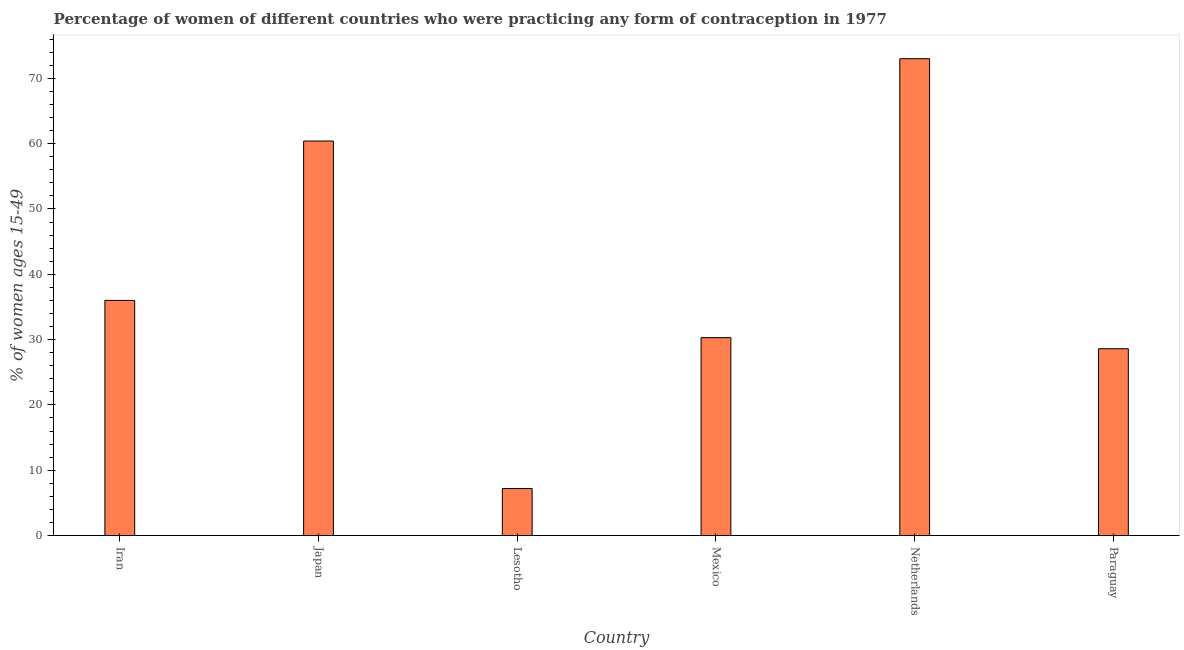
| Country | Contraceptive prevalence |
 | --- | --- |
 | Iran | 36 |
 | Japan | 60.4 |
 | Lesotho | 7.2 |
 | Mexico | 30.3 |
 | Netherlands | 73 |
 | Paraguay | 28.6 |